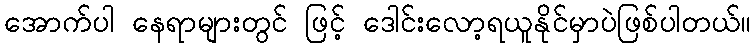
အောက်ပါ နေရာများတွင် ဖြင့် ဒေါင်းလော့ရယူနိုင်မှာပဲဖြစ်ပါတယ်။